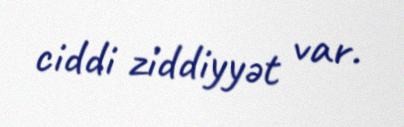
ciddi ziddiyyət var.